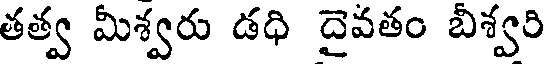
తత్వ మీశ్వరు డధి దైవతం బిశ్వరి